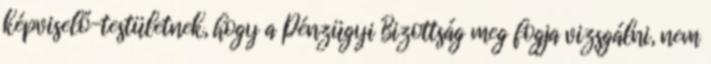
képviselő-testületnek, hogy a Pénzügyi Bizottság meg fogja vizsgálni, nem